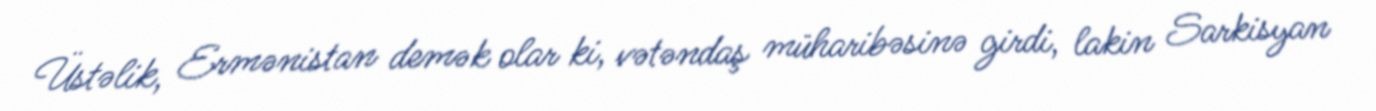
Üstəlik, Ermənistan demək olar ki, vətəndaş müharibəsinə girdi, lakin Sarkisyan